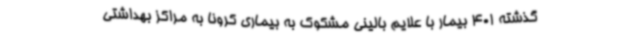
گذشته 401 بیمار با علایم بالینی مشکوک به بیماری کرونا به مراکز بهداشتی